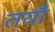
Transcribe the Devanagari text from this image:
तयाँ